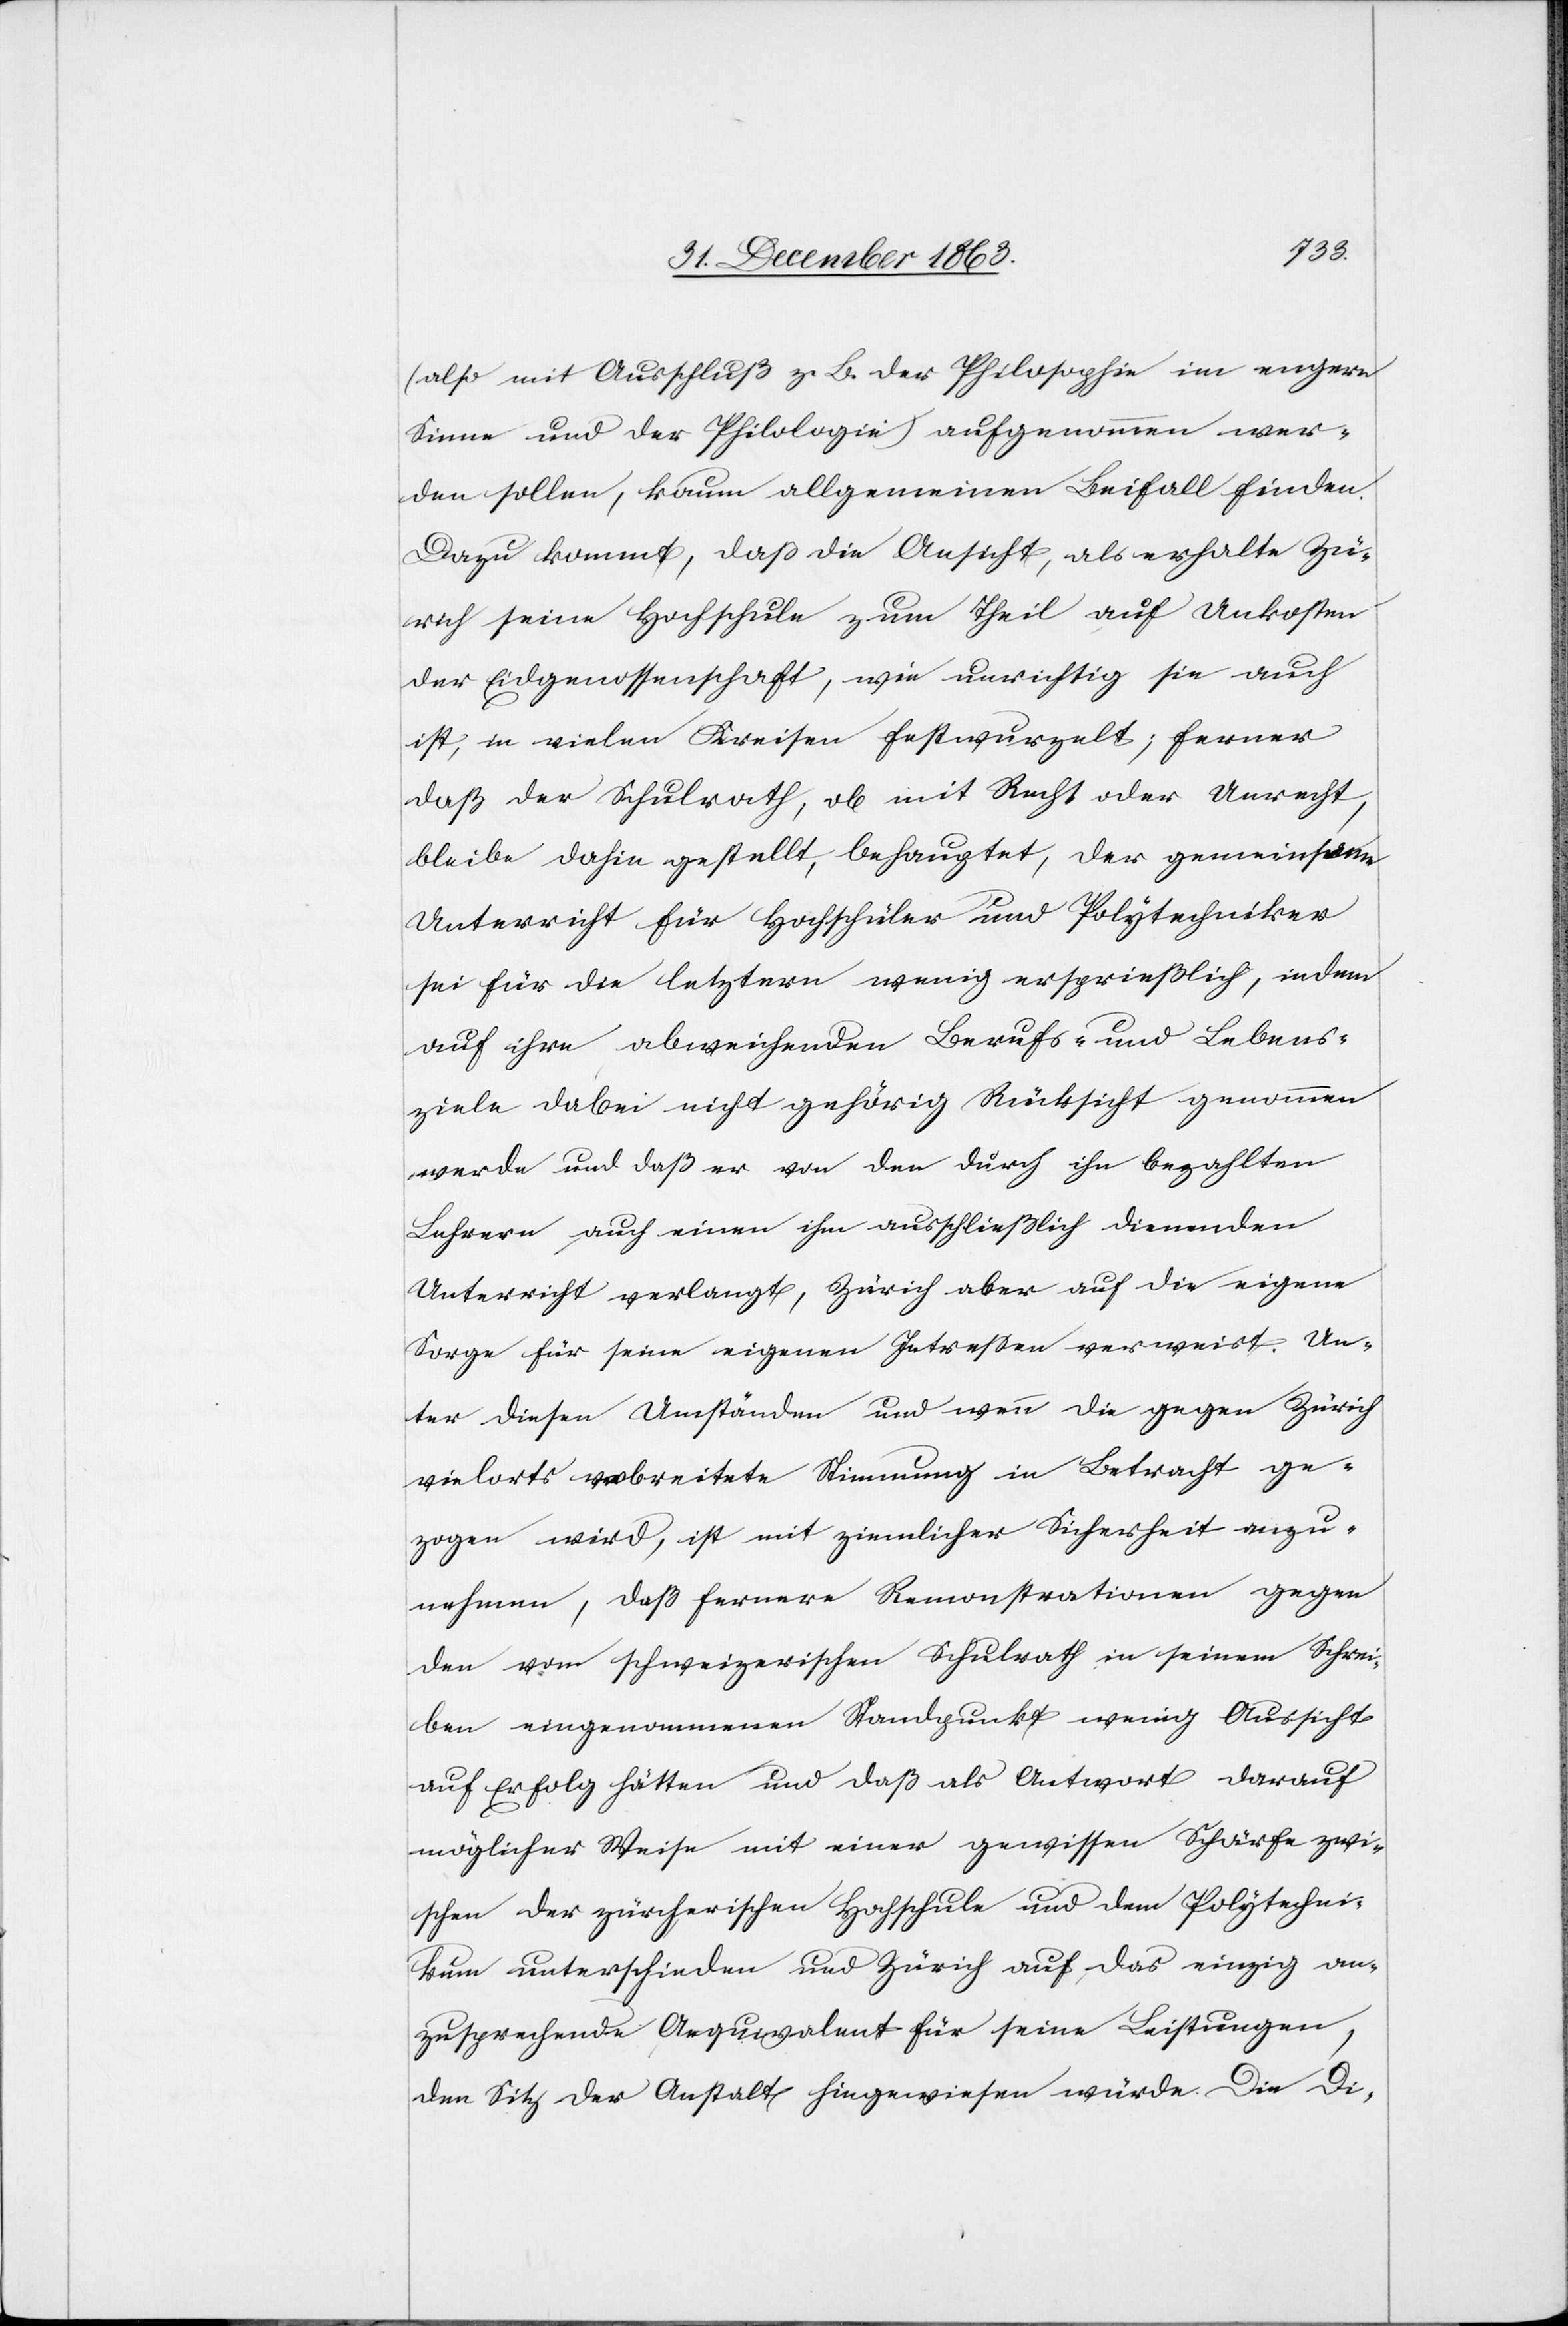
(also mit Ausschluß z. B. der Philosophie im engern
Sinne und der Philologie) aufgenommen wer¬
den sollen, kaum allgemeinen Beifall finden.
Dazu kommt, daß die Ansicht, als erhalte Zü¬
rich seine Hochschule zum Theil auf Unkosten
der Eidgenossenschaft, wie unrichtig sie auch
ist, in vielen Kreisen festwurzelt; ferner
daß der Schulrath, ob mit Recht oder Unrecht,
bleibe dahin gestellt, behauptet, der gemeinsame
Unterricht für Hochschüler und Polytechniker
sei für die letztern wenig ersprießlich, indem
auf ihre abweichenden Berufs- und Lebens¬
ziele dabei nicht gehörig Rücksicht genommen
werde und daß er von den durch ihn bezahlten
Lehrern auch einen ihm ausschließlich dienenden
Unterricht verlangt, Zürich aber auf die eigene
Sorge für seine eigenen Intressen verweist. Un¬
ter diesen Umständen und wenn die gegen Zürich
vielorts verbreitete Stimmung in Betracht ge¬
zogen wird, ist mit ziemlicher Sicherheit anzu¬
nehmen, daß fernere Remonstrationen gegen
den vom schweizerischen Schulrath in seinem Schrei¬
ben eingenommenen Standpunkt wenig Aussicht
auf Erfolg hätten und daß als Antwort darauf
möglicher Weise mit einer gewissen Schärfe zwi¬
schen der zürcherischen Hochschule und dem Polytechni¬
kum unterschieden und Zürich auf das einzig an¬
zusprechende Aequivalent für seine Leistungen,
den Sitz der Anstalt hingewiesen würde. Die Di-